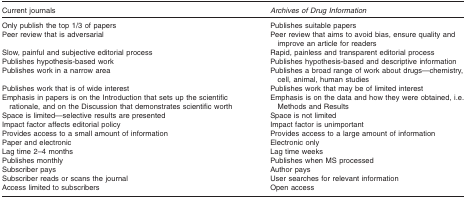
| Current journals | Archives of Drug Information |
 | --- | --- |
 | Only publish the top 1/3 of papers | Publishes suitable papers |
 | Peer review that is adversarial | Peer review that aims to avoid bias, ensure quality and improve an article for readers |
 | Slow, painful and subjective editorial process | Rapid, painless and transparent editorial process |
 | Publishes hypothesis-based work | Publishes hypothesis-based and descriptive information |
 | Publishes work in a narrow area | Publishes a broad range of work about drugs—chemistry, cell, animal, human studies |
 | Publishes work that is of wide interest | Publishes work that may be of limited interest |
 | Emphasis in papers is on the Introduction that sets up the scientific rationale, and on the Discussion that demonstrates scientific worth | Emphasis is on the data and how they were obtained, i.e. Methods and Results |
 | Space is limited—selective results are presented | Space is not limited |
 | Impact factor affects editorial policy | Impact factor is unimportant |
 | Provides access to a small amount of information | Provides access to a large amount of information |
 | Paper and electronic | Electronic only |
 | Lag time 2–4 months | Lag time weeks |
 | Publishes monthly | Publishes when MS processed |
 | Subscriber pays | Author pays |
 | Subscriber reads or scans the journal | User searches for relevant information |
 | Access limited to subscribers | Open access |